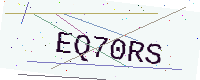
Text: EQ70RS